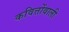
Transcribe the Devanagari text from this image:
कवित्तोंवाली